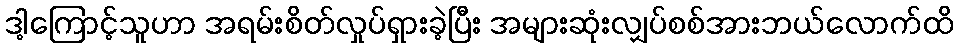
ဒါ့ကြောင့်သူဟာ အရမ်းစိတ်လှုပ်ရှားခဲ့ပြီး အများဆုံးလျှပ်စစ်အားဘယ်လောက်ထိ